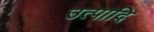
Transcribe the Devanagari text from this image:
उत्पादि